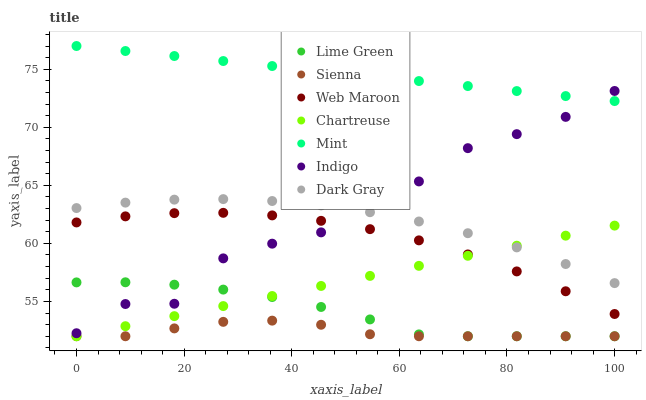
| xaxis_label | Lime Green | Sienna | Web Maroon | Chartreuse | Mint | Indigo | Dark Gray |
 | --- | --- | --- | --- | --- | --- | --- | --- |
 | 0 | 56.6 | 52 | 61.8 | 52 | 77 | 52.3 | 63 |
 | 9.09 | 56.6 | 52 | 62.3 | 52.9 | 76.6 | 54.8 | 63.5 |
 | 18.2 | 56.4 | 52.7 | 62.6 | 53.7 | 76.1 | 54.8 | 63.8 |
 | 27.3 | 56 | 53.2 | 62.6 | 54.6 | 75.7 | 58.7 | 63.8 |
 | 36.4 | 55.4 | 53.3 | 62.4 | 55.5 | 75.3 | 60 | 63.6 |
 | 45.5 | 54.5 | 53 | 61.9 | 56.3 | 74.8 | 60.9 | 63.3 |
 | 54.5 | 53.4 | 52.2 | 61.2 | 57.2 | 74.4 | 63.8 | 62.7 |
 | 63.6 | 52.2 | 52 | 60.3 | 58.1 | 74 | 65.3 | 61.9 |
 | 72.7 | 52 | 52 | 59 | 58.9 | 73.6 | 68.2 | 60.9 |
 | 81.8 | 52 | 52 | 57.6 | 59.8 | 73.1 | 69.4 | 59.7 |
 | 90.9 | 52 | 52 | 55.9 | 60.7 | 72.7 | 70.9 | 58.2 |
 | 100 | 52 | 52 | 53.9 | 61.5 | 72.3 | 73.1 | 56.6 |